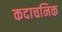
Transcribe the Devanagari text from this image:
कदाचनिक